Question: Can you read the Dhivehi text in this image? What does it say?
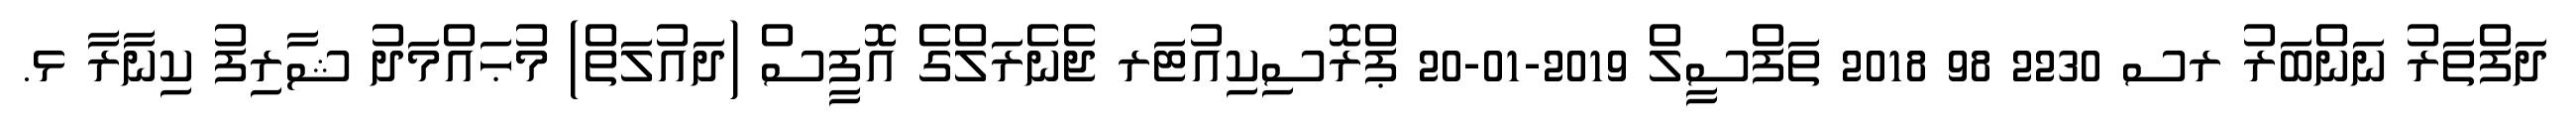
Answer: ދަފްތަރު ނަންބަރު ރސ 2230 98 2018 ތަފްސީލް 2019-01-20 ޕްރޮސިކިއުޓަރ ޖެނެރަލްގެ އޮފީސް (ދައުލަތް) މުޙައްމަދު ޝާރިފު ކިނާރާ ޅ.